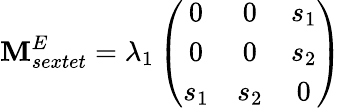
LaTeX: \mathbf{M}_{sextet}^{E}=\lambda_{1}\left(\begin{array}{ccc}{{0}}&{{0}}&{{s_{1}}}\\ {{0}}&{{0}}&{{s_{2}}}\\ {{s_{1}}}&{{s_{2}}}&{{0}}\end{array}\right)